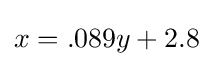
x=.089y+2.8